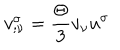
v _ { ; \nu } ^ { \sigma } = \frac { \Theta } { 3 } v _ { \nu } u ^ { \sigma }